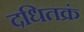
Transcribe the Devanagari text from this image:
दधितक्रं